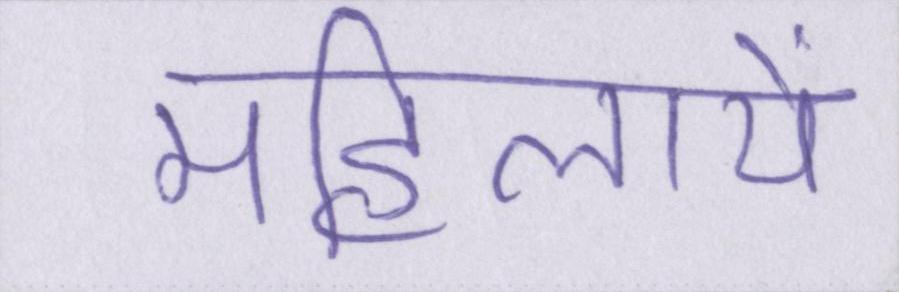
महिलायें